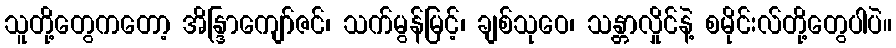
သူတို့တွေကတော့ အိန္ဒြာကျော်ဇင်၊ သက်မွန်မြင့်၊ ချစ်သုဝေ၊ သန္တာလှိုင်နဲ့ စမိုင်းလ်တို့တွေပါပဲ။